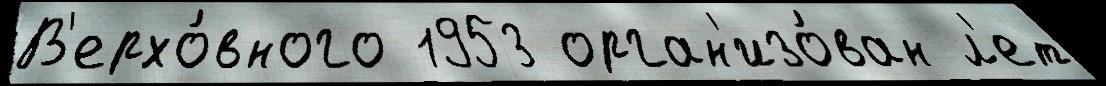
В'ерхо́вного 1953 орган'изо́ван л'ет